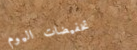
تخفيضات اليوم